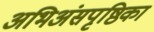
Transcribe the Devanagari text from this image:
अभिअंसपृष्ठिका